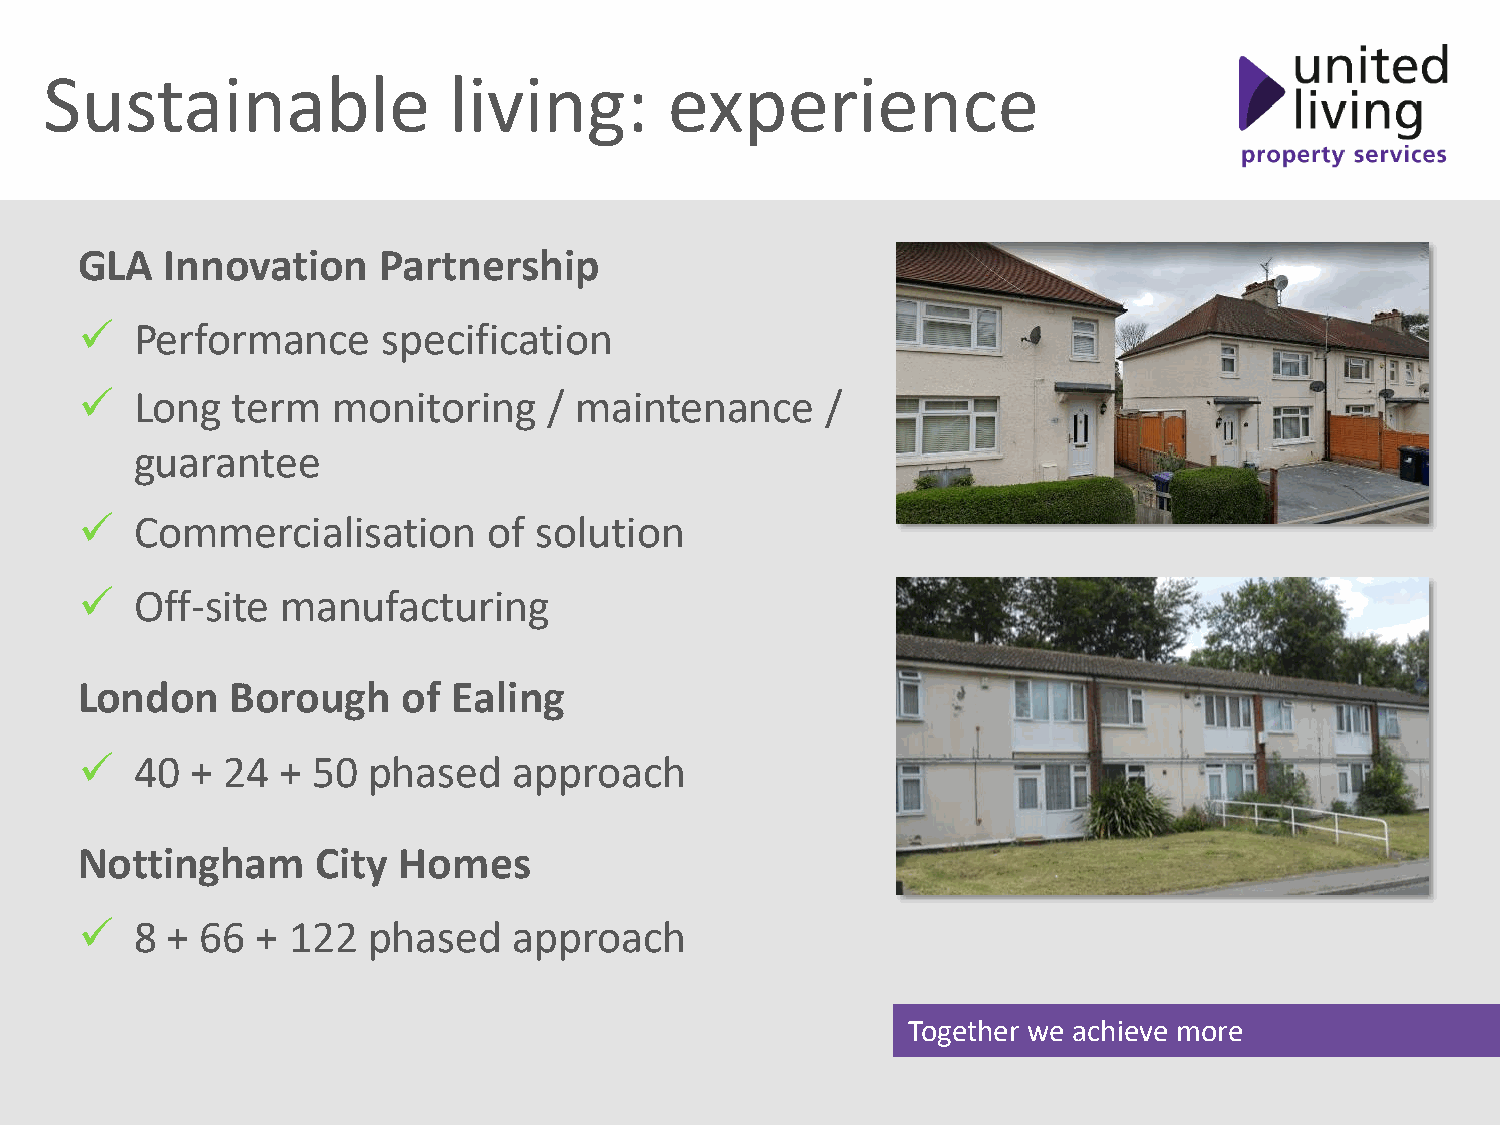
Sustainable                living:       experience
 GLA   Innovation    Partnership
 ✓   Performance     specification
 ✓   Long  term   monitoring    / maintenance      /
 guarantee
 ✓   Commercialisation      of solution
 ✓   Off-site  manufacturing
 London    Borough     of Ealing
 ✓   40  + 24  + 50 phased    approach
 Nottingham      City Homes
 ✓   8 + 66  + 122  phased    approach
 Together we achieve more